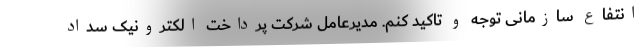
انتفاع سازمانی توجه و تاکید کنم. مدیرعامل شرکت پرداخت الکترونیک سداد